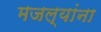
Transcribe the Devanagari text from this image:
मजल्यांना